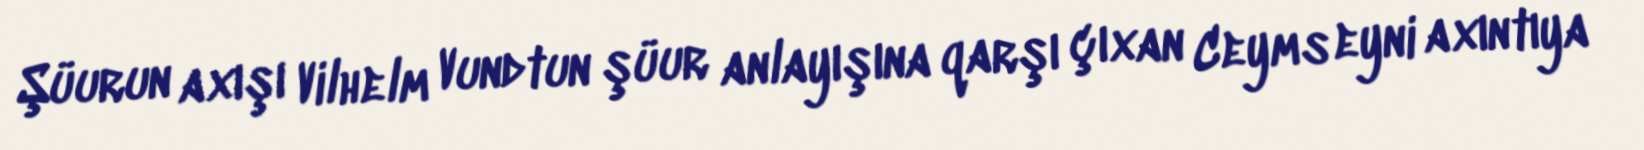
Şüurun axışı Vilhelm Vundtun şüur anlayışına qarşı çıxan Ceyms eyni axıntıya